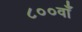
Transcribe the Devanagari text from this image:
८००वाँ